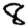
Digit: 8